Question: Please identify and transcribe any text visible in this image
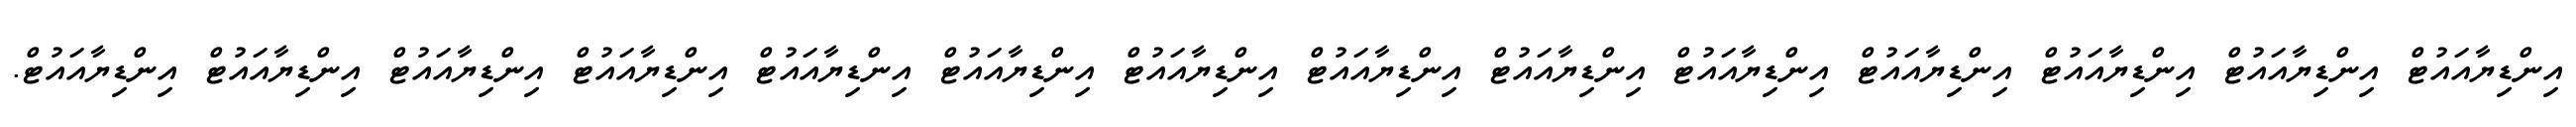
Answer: އިންޑިޔާއައުޓް އިންޑިޔާއައުޓް އިންޑިޔާއައުޓް އިންޑިޔާއައުޓް އިންޑިޔާއައުޓް އިންޑިޔާއައުޓް އިންޑިޔާއައުޓް އިންޑިޔާއައުޓް އިންޑިޔާއައުޓް އިންޑިޔާއައުޓް އިންޑިޔާއައުޓް އިންޑިޔާއައުޓް އިންޑިޔާއައުޓް އިންޑިޔާއައުޓް.